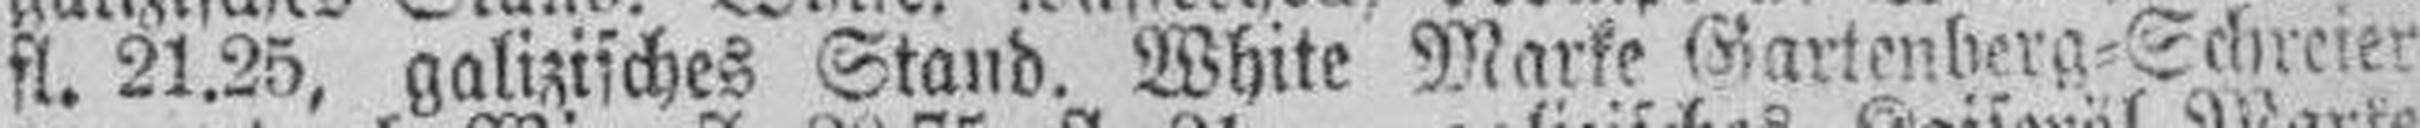
fl. 21.25, galizisches Stand. White Marke Gartenberg=Schreier